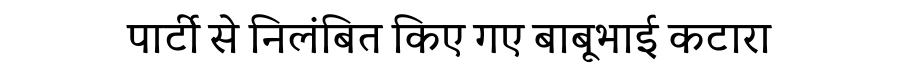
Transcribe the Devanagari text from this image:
पार्टी से निलंबित किए गए बाबूभाई कटारा